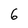
Character: 6